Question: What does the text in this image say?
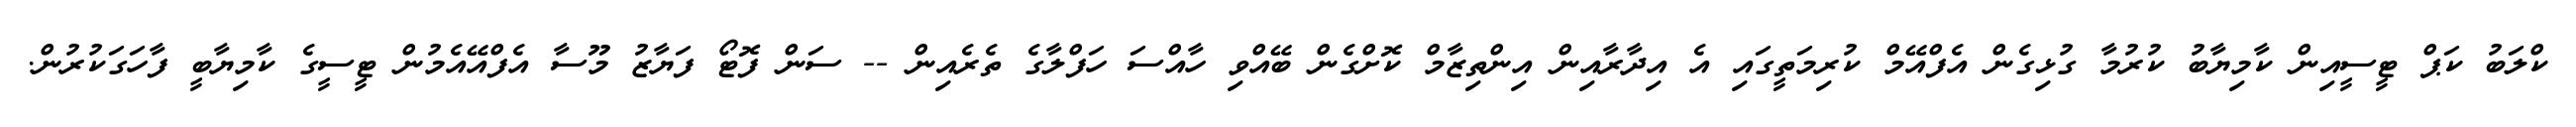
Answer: ކްލަބު ކަޕް ޓީސީއިން ކާމިޔާބު ކުރުމާ ގުޅިގެން އެފްއޭމް ކުރިމަތީގައި އެ އިދާރާއިން އިންތިޒާމް ކޮށްގެން ބޭއްވި ހާއްސަ ހަފްލާގެ ތެރެއިން -- ސަން ފޮޓޯ ފަޔާޒު މޫސާ އެފްއޭއެމުން ޓީސީގެ ކާމިޔާބީ ފާހަގަކުރުން.